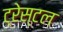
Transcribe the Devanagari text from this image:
ट्रेस्टल